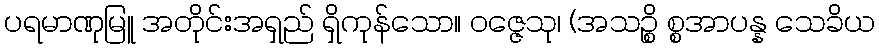
ပရမာဏုမြူ အတိုင်းအရှည် ရှိကုန်သော။ ဝဇ္ဇေသု၊ (အသဉ္စိ စ္စအာပန္န သေခိယ